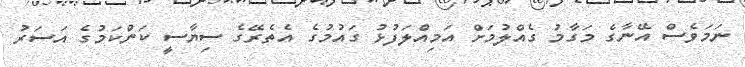
ނަމަވެސް އޭނާގެ މަގާމު ގެއްލުމަށް އަމިއްލަފުޅު ގައުމުގެ އެތެރޭގެ ސިޔާސީ ކަންކަމުގެ އަސަރު